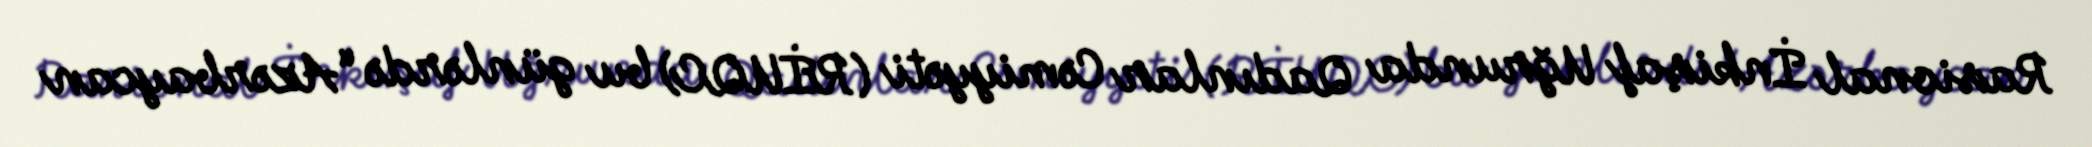
Rasional İnkişaf Uğrunda Qadınlar Cəmiyyəti (RİUQC) bu günlərdə “Azərbaycan